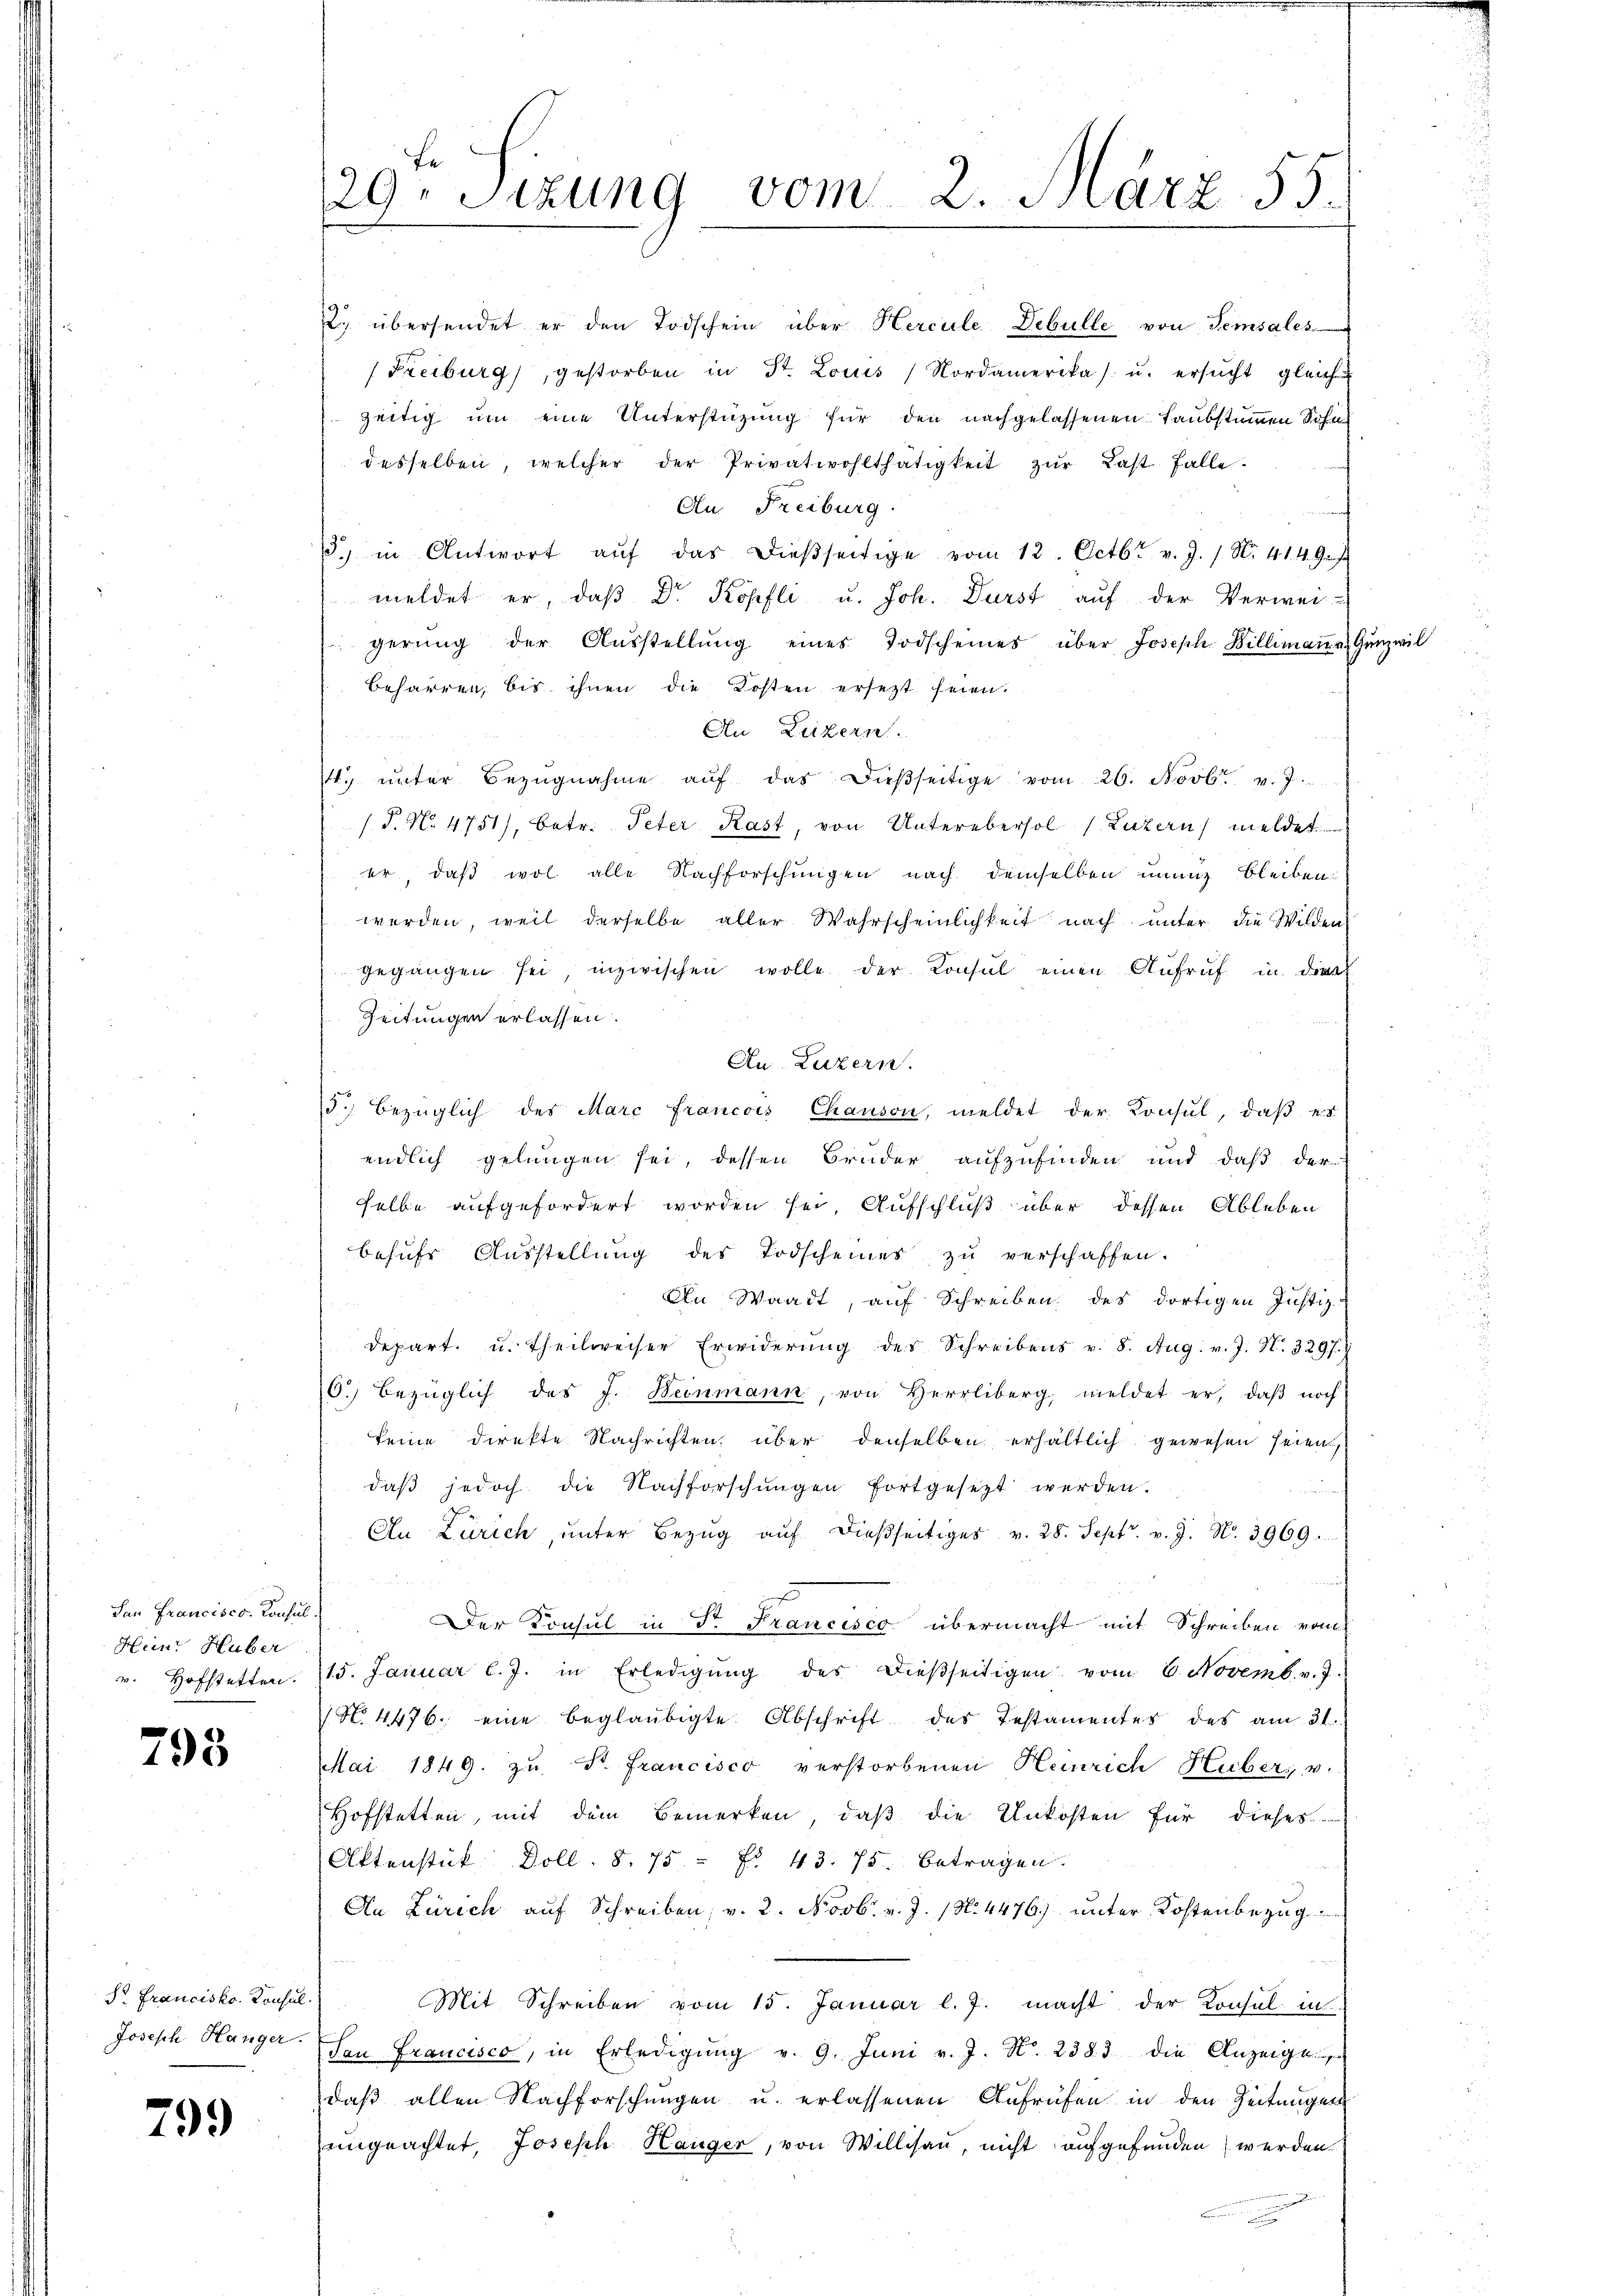
San Francisco, Konsul
Heinr Huber
v. Hofstetten.

795

S. Francisko. Konsul
Joseph Hanger.

799

29. Sizung vom 2. März 55

Z. übersendet er den Todschein über Hercule Debulle von Semsales
(Freiburg, gestorben in St. Louis Nordamerikas u. ersŭcht gleich
zeitig um eine Unterstützung für den nachgelassenen Laubstummen Sohn
desselben, welcher der Privatwohlthätigkeit zŭr Last falle
An Freiburg.
.) in Antwort aŭf das dießseitige vom 12. Octbr. v. J. 1. No. 41. 49.
meldet er, daβ Dr. Kopfli u. Joh. Durst auf der Verwei-
gerŭng der Aŭsstellŭng eines Todscheines über Joseph Billimaṅ u Gunz wil
beharren, bis ihnen die Kosten ersezt seien.
An Luzern.
. ŭnter Bezŭgnahme aŭf das dieβseitige vom 26. Novbr. v. J.
(P. N. 4751), betr. Peter Kast, von Unterebersol (Luzern meldet
er, daß wol alle Nachforschungen nach demselben unung bleiben
werden, weil derselbe aller Wahrscheinlichkeit nach unter die Wilden
gegangen sei inzwischen wolle der Konsul einen Aufruf in dies
Zeitungen erlassen.
Au. Luzern.
d. bezüglich des Marc francois Chausen, meldet der Konsul, daß es
endlich gelangen sei, dessen Bruder aufzufinden und daß der
selbe aufgefordert worden sei, Aufschluß über dessen Ableben
behufs Ausstellung des Todscheines zu verschaffen.
An Waadt, auf Schreiben des dortigen Justiz-
depart. u. theilweiser Erwiderŭng des Schreibens v. 8. Aug. v. J. N. 3297. 1
6. bezüglich des J. Beinmann, von Herrliberg meldet er, daβ noch
keine direkte Nachrichten über denselben erhältlich gewesen seien,
daβ jedoch die Nachforschungen fortgesetzt werden.

An Zürich, ŭnter Bezŭg aŭf dießseitiges v. 28. Sept. v. J. No. 3969.
     285
Der Konsul in Dr Francisco übermacht mit Schreiben vom
15. Januar l. J. in Erledigŭng des dieβseitigen vom 6. Novemb. v. 7.
N. 4476. eine beglaubigte Abschrift des Testamentes des am 31.
Mai 1849. zŭ St. Francisco verstorbenen Heinrich Huber, u.
Hofstetten, mit dem Bemerken, daß die Unkosten für dieses
Aktenstück Doll. S. 75 " Fr. 43. 75. betragen.
An Zürich aŭf Schreiben, v. 2. Novbr. v. J. (N. 4476) unter Kostenbezug
Mit Schreiben vom 15. Januar l. J. macht der Konsul in
San Francisco, in Erledigŭng v. 9. Juni v. J. No. 2383 die Anzeige
daß allen Nachforschungen u. erlassenen Aufrufen in den Zeitungen
ungeachtet, Joseph Hanger, von Willisau, nicht aufgefunden werden